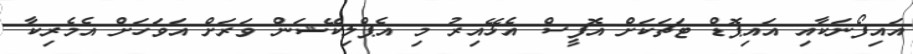
އައިފޯނަކާއި އައިޕޮޑް ޓަޗަކަށް އޮފީސް އެޅޭއިރު މި އެޕްލިކޭޝަން ވަރަށް އަވަހަށް އެމެރިކާ